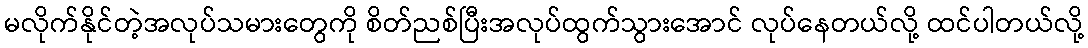
မလိုက်နိုင်တဲ့အလုပ်သမားတွေကို စိတ်ညစ်ပြီးအလုပ်ထွက်သွားအောင် လုပ်နေတယ်လို့ ထင်ပါတယ်လို့